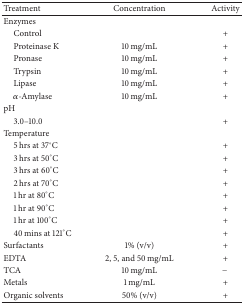
<table><thead><tr><td><b>Treatment</b></td><td><b>Concentration</b></td><td><b>Activity</b></td></tr></thead><tbody><tr><td>Enzymes</td><td> </td><td> </td></tr><tr><td> Control</td><td> </td><td>+</td></tr><tr><td> Proteinase K</td><td>10 mg/mL</td><td>+</td></tr><tr><td> Pronase</td><td>10 mg/mL</td><td>+</td></tr><tr><td> Trypsin</td><td>10 mg/mL</td><td>+</td></tr><tr><td> Lipase</td><td>10 mg/mL</td><td>+</td></tr><tr><td> α-Amylase</td><td>10 mg/mL</td><td>+</td></tr><tr><td>pH</td><td> </td><td> </td></tr><tr><td> 3.0–10.0</td><td> </td><td>+</td></tr><tr><td>Temperature</td><td> </td><td> </td></tr><tr><td> 5 hrs at 37°C</td><td> </td><td>+</td></tr><tr><td> 3 hrs at 50°C</td><td> </td><td>+</td></tr><tr><td> 3 hrs at 60°C</td><td> </td><td>+</td></tr><tr><td> 2 hrs at 70°C</td><td> </td><td>+</td></tr><tr><td> 1 hr at 80°C</td><td> </td><td>+</td></tr><tr><td> 1 hr at 90°C</td><td> </td><td>+</td></tr><tr><td> 1 hr at 100°C</td><td> </td><td>+</td></tr><tr><td> 40 mins at 121°C</td><td> </td><td>+</td></tr><tr><td>Surfactants</td><td>1% (v/v)</td><td>+</td></tr><tr><td>EDTA</td><td>2, 5, and 50 mg/mL</td><td>+</td></tr><tr><td>TCA</td><td>10 mg/mL</td><td>−</td></tr><tr><td>Metals</td><td>1 mg/mL</td><td>+</td></tr><tr><td>Organic solvents</td><td>50% (v/v)</td><td>+</td></tr></tbody></table>